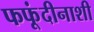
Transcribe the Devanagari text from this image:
फफूंदीनाशी